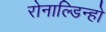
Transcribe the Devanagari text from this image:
रोनाल्डिन्हो